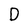
Character: D